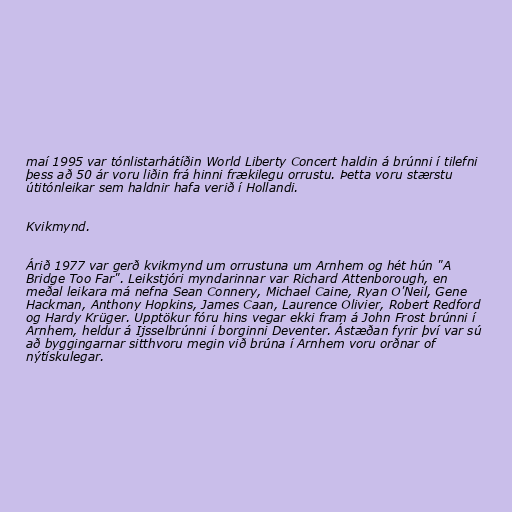
maí 1995 var tónlistarhátíðin World Liberty Concert haldin á brúnni í tilefni
þess að 50 ár voru liðin frá hinni frækilegu orrustu. Þetta voru stærstu
útitónleikar sem haldnir hafa verið í Hollandi.

Kvikmynd.

Árið 1977 var gerð kvikmynd um orrustuna um Arnhem og hét hún "A
Bridge Too Far". Leikstjóri myndarinnar var Richard Attenborough, en
meðal leikara má nefna Sean Connery, Michael Caine, Ryan O'Neil, Gene
Hackman, Anthony Hopkins, James Caan, Laurence Olivier, Robert Redford
og Hardy Krüger. Upptökur fóru hins vegar ekki fram á John Frost brúnni í
Arnhem, heldur á Ijsselbrúnni í borginni Deventer. Ástæðan fyrir því var sú
að byggingarnar sitthvoru megin við brúna í Arnhem voru orðnar of
nýtískulegar.